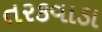
તરકવાડા